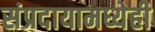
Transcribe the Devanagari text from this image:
संप्रदायामध्येही